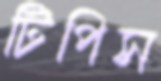
টিপিস